Annual administration report of the Civil Veterinary Department, Ajmere-Merwara, British Rajputana - 1914-1940
Year: 1914
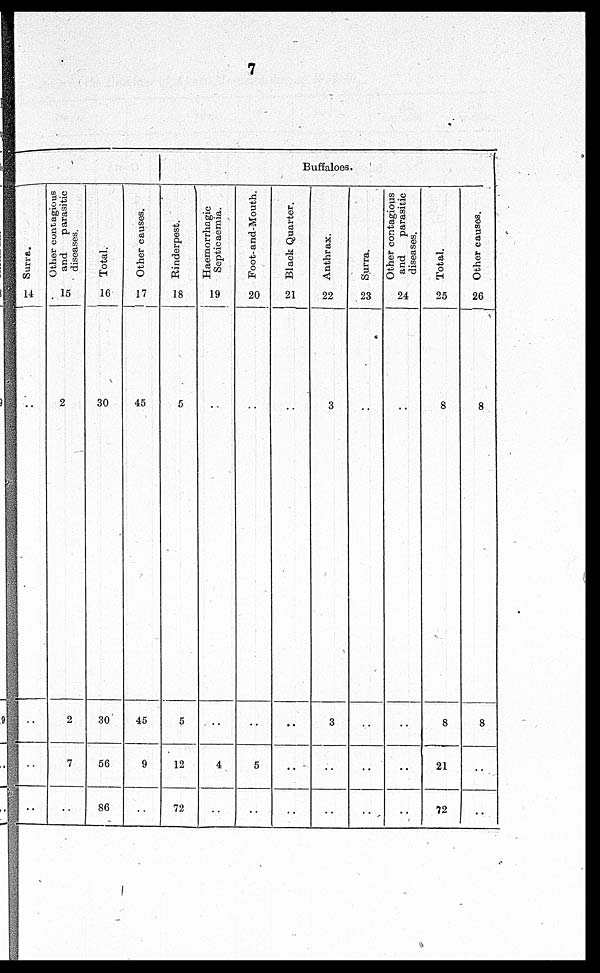
7
Surra..
14
..
..
..
..
Other contagious
and
parasitic
diseases.
15
2
2
7
..
Total.
16
30
30
56
86
Other causes.
17
45
45
9
..
Buffaloes.
Rinderpest.
18
5
5
12
72
Haemorrhagic
Septicaemia.
19
..
..
4
..
Foot-and-Mouth.
20
..
..
5
..
Black Quarter.
21
..
..
..
..
Anthrax.
22
3
3
..
..
Surra.
23
..
..
..
..
Other contagious
and
parasitic
diseases.
24
..
..
..
..
Total.
25
8
8
21
72
Other causes.
26
8
8
..
..